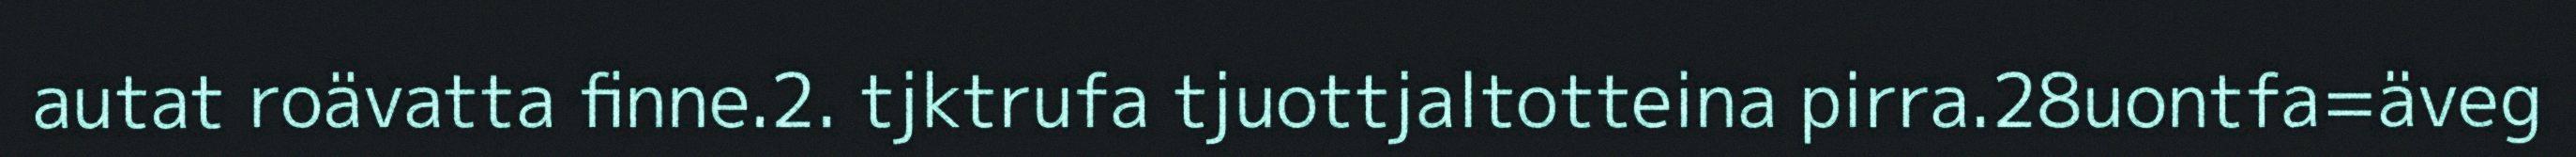
autat roävatta finne.2. tjktrufa tjuottjaltotteina pirra.28uontfa=äveg